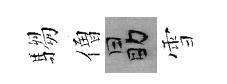
騶僧勗雪